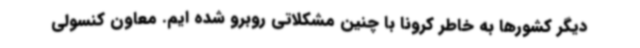
دیگر کشورها به خاطر کرونا با چنین مشکلاتی روبرو شده ایم. معاون کنسولی